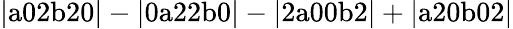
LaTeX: \mathrm{|a02b20|-|0a22b0|-|2a00b2|+|a20b02|}